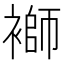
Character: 𧜂